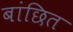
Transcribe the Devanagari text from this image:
बांछित